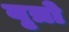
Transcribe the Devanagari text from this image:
वृत्रो